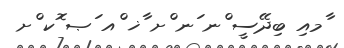
ާމއި ބިދޭސީ ްނ ަނ ްށ ާޚ ްއ ަޞ ޮކ ްށ